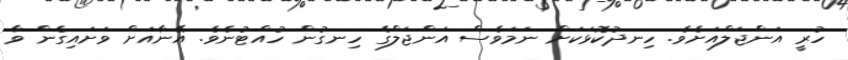
ހުރީ އަންޖަލްއަށެވެ. ހިނދުކޮޅަކަށް ނަމަވެސް އަންޖަލްގެ ހިނގުން ހުއްޓުނެވެ. އޭނާއަށް ވަށައިގެން ވާ